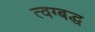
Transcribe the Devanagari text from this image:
त्वग्बद्ध